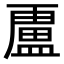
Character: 𭾐